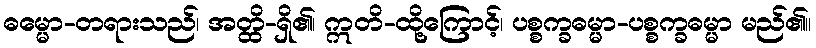
ဓမ္မော-တရားသည်၊ အတ္ထိ-ရှိ၏၊ ဣတိ-ထို့ကြောင့်၊ ပစ္စက္ခဓမ္မာ-ပစ္စက္ခဓမ္မာ မည်၏။